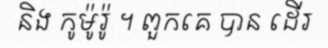
និង កូម៉ូរ៉ូ ។ ពួកគេ បាន ដើរ